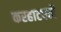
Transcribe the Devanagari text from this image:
करहाटपती